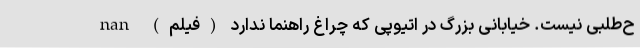
ح‌طلبی نیست. خیابانی بزرگ در اتیوپی که چراغ راهنما ندارد (فیلم) nan